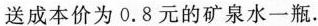
送成本价为0.8元的矿泉水一瓶.